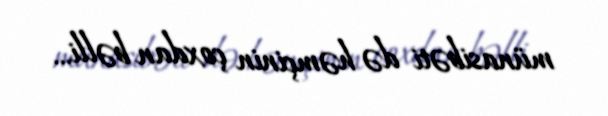
münasibəti də həmçinin çoxdan bəlli...